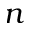
n